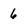
Character: 6